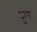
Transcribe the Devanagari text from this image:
ज़ुर